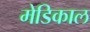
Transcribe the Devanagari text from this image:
मेडिकाल